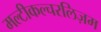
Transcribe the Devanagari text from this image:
मल्टीकल्चरलिज़म